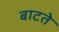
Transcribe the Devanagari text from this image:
बाटते